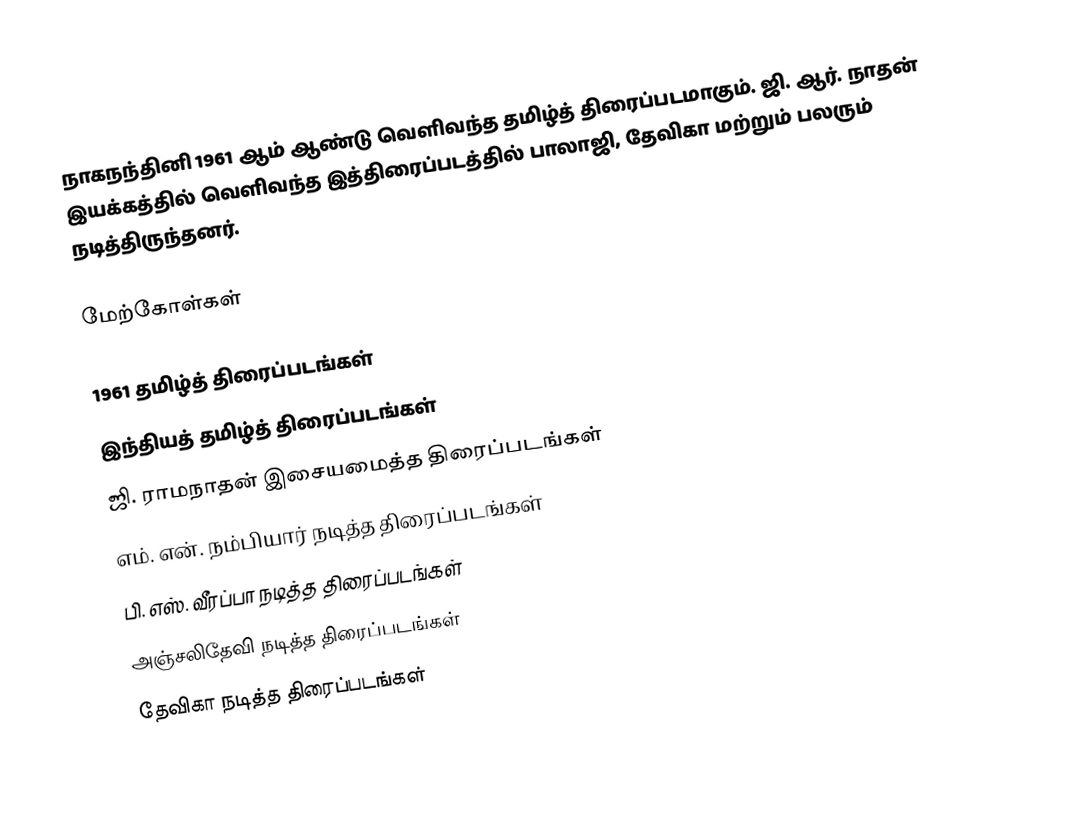
நாகநந்தினி 1961 ஆம் ஆண்டு வெளிவந்த தமிழ்த் திரைப்படமாகும். ஜி. ஆர். நாதன் இயக்கத்தில் வெளிவந்த இத்திரைப்படத்தில் பாலாஜி, தேவிகா மற்றும் பலரும் நடித்திருந்தனர்.

மேற்கோள்கள்

1961 தமிழ்த் திரைப்படங்கள்
இந்தியத் தமிழ்த் திரைப்படங்கள்
ஜி. ராமநாதன் இசையமைத்த திரைப்படங்கள்
எம். என். நம்பியார் நடித்த திரைப்படங்கள்
பி. எஸ். வீரப்பா நடித்த திரைப்படங்கள்
அஞ்சலிதேவி நடித்த திரைப்படங்கள்
தேவிகா நடித்த திரைப்படங்கள்